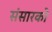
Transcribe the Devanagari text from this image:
संसारको